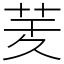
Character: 𦮖